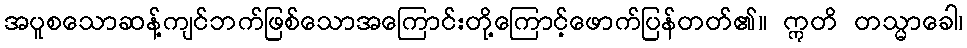
အပူစသောဆန့်ကျင်ဘက်ဖြစ်သောအကြောင်းတို့ကြောင့်ဖောက်ပြန်တတ်၏။ ဣတိ တသ္မာခေါ၊